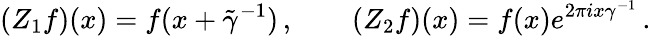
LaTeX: (Z_{1}f)(x)=f(x+\tilde{\gamma}^{-1})\, ,\qquad(Z_{2}f)(x)=f(x)e^{2\pi ix\gamma^{-1}}\, .